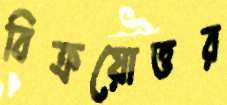
বিক্রয়োত্তর